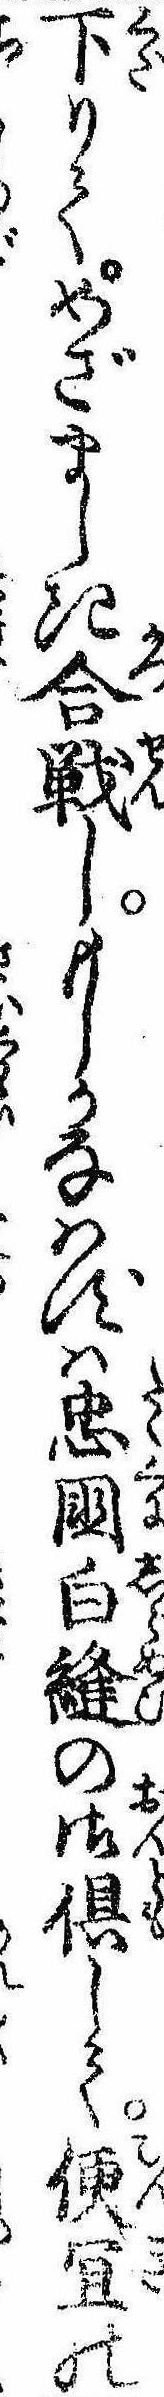
下りてめざましき合戦しもしかなはずは忠国白縫の御倶して便宜の